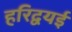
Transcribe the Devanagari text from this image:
हरिद्वयई